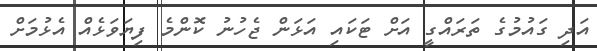
އަދި ގައުމުގެ ތަރައްގީ އަށް ޓަކައި އަޅަން ޖެހުނު ކޮންމެ ފިޔަވަޅެއް އެޅުމަށް